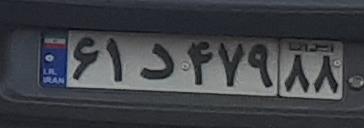
۶۱د۴۷۹۸۸